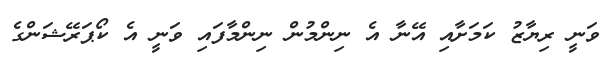
ވަނީ ރިޔާޒު ކަމަށާއި އޭނާ އެ ނިންމުން ނިންމާފައި ވަނީ އެ ކޯޕަރޭޝަންގެ